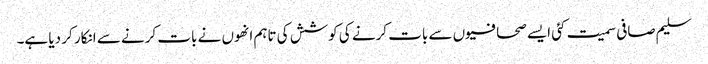
سلیم صافی سمیت کئی ایسے صحافیوں سے بات کرنے کی کوشش کی تاہم انھوں نے بات کرنے سے انکار کر دیا ہے۔